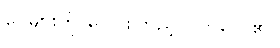
ငွေများကို ပေါင်းကြည့်လိုက်လေ၏။